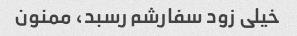
خیلی زود سفارشم رسبد، ممنون